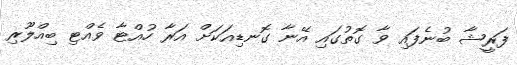
ފަރީޝާ ބުނެފައި ވާ ގޮތުގައި އޭނާ ގޮނޑިއަކަށް އަރާ ހުއްޓާ ވެއްޓި ބިއްލޫރި